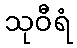
သုဝီရံ